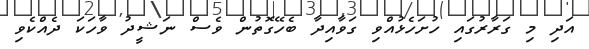
އަދި މި ގަރާރުގައި ހުށަހެޅުއްވި ގަވާއިދާ ބެހޭގޮތުން ވެސް ނަޝީދު ވާހަކަ ދެއްކެވި